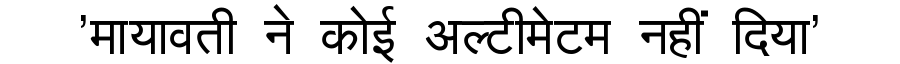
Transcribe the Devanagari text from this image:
'मायावती ने कोई अल्टीमेटम नहीं दिया'